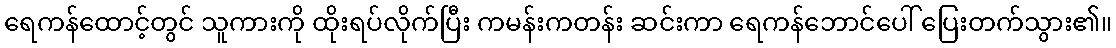
ရေကန်ထောင့်တွင် သူကားကို ထိုးရပ်လိုက်ပြီး ကမန်းကတန်း ဆင်းကာ ရေကန်ဘောင်ပေါ် ပြေးတက်သွား၏။